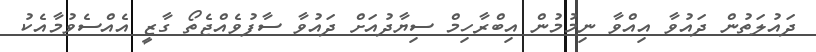
ދައުލަތުން ދައުވާ އިއްވާ ނިމުމުން އިބްރާހިމް ސިޔާދުއަށް ދައުވާ ސާފުވެއްޖެތޯ ގާޒީ އެއްސެވުމާއެކު